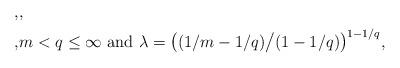
LaTeX: \begin{align*}, & , \\, & \text{$m<q \leq \infty$ and $\lambda = \left ((1/m-1/q) \big / (1-1/q) \right )^{1-1/q}$},\end{align*}